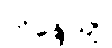
ဘိန္ဒေယျု